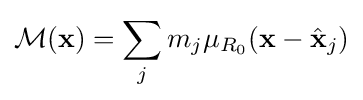
{\mathcal {M}}(\mathbf {x} )=\sum _{j}m_{j}\mu _{R_{0}}(\mathbf {x} -{\hat {\mathbf {x} }}_{j})